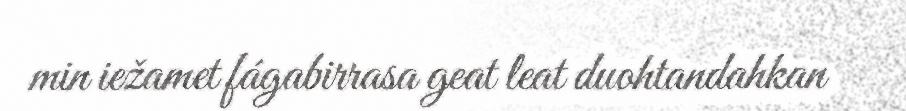
min iežamet fágabirrasa geat leat duohtandahkan